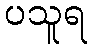
ပသူရ